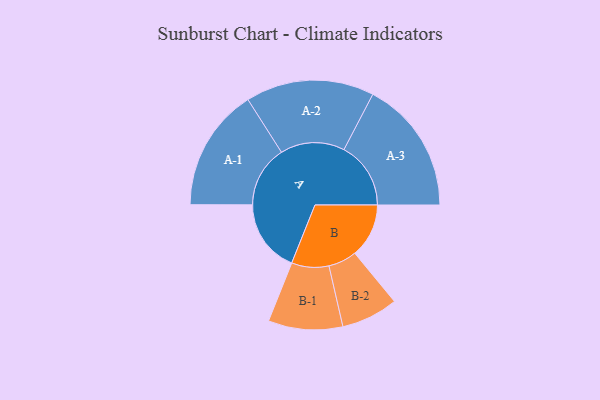
{"axis": {"x": "Segment", "y": "Value"}, "legend": ["", "A", "B"], "data": [{"x": "A", "y": 257, "type": ""}, {"x": "B", "y": 190, "type": ""}, {"x": "A-1", "y": 216, "type": "A"}, {"x": "A-2", "y": 226, "type": "A"}, {"x": "A-3", "y": 235, "type": "A"}, {"x": "B-1", "y": 131, "type": "B"}, {"x": "B-2", "y": 100, "type": "B"}]}